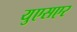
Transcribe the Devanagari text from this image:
युएसएर